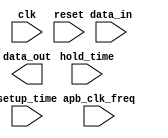
module apb_controller(
  input clk,
  input reset,
  input wire apb_clk_freq,
  input wire setup_time,
  input wire hold_time,
  input wire data_in,
  output reg data_out
);

// Timing control and synchronization logic
always @(posedge clk or posedge reset) begin
  // Synchronize input signals
  if (reset) begin
    // Reset synchronization logic
    // Add synchronization logic for data_in and other signals
  end else begin
    // Add synchronization logic for data_in and other signals
  end
end

// Error detection and correction logic
// Add error detection and correction logic here

// APB bus controller operation
// Define the operation of the APB bus controller here
// Include configurable timing parameters such as clock frequency, setup time, and hold time

endmodule